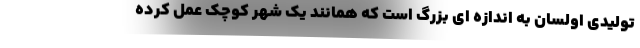
تولیدی اولسان به اندازه ای بزرگ است که همانند یک شهر کوچک عمل کرده